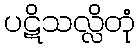
ပဋိသလ္လိတုံ